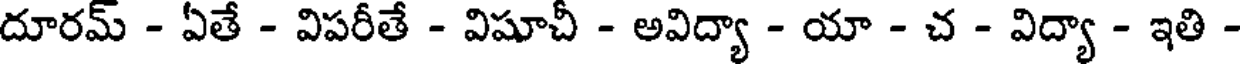
దూరమ్ - ఏతే - విపరీతే - విషూచీ - అవిద్యా - యా - చ - విద్యా - ఇతి -